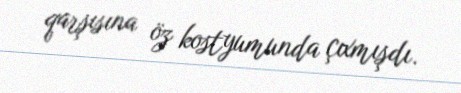
qarşısına öz kostyumunda çıxmışdı.